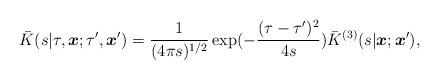
LaTeX: \begin{align*}\bar{K}(s|\tau, \mbox{\boldmath $x$}; \tau', \mbox{\boldmath $x$}')= \frac{1}{(4\pi s)^{1/2}} \exp ({-\frac{(\tau - {\tau}')^2}{4s}})\bar{K}^{(3)}(s|\mbox{\boldmath $x$}; \mbox{\boldmath $x$}'), \end{align*}